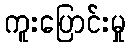
ကူးပြောင်းမှု